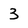
Character: 3